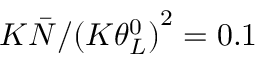
{ K \bar { N } } / { ( K { { \theta _ { L } ^ { 0 } ) } ^ { 2 } } } = 0 . 1